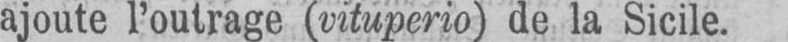
ajoute l’outrage (vituperio) de la Sicile.